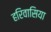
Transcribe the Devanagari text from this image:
हरिवासिया